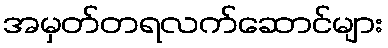
အမှတ်တရလက်ဆောင်များ